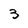
Character: 3